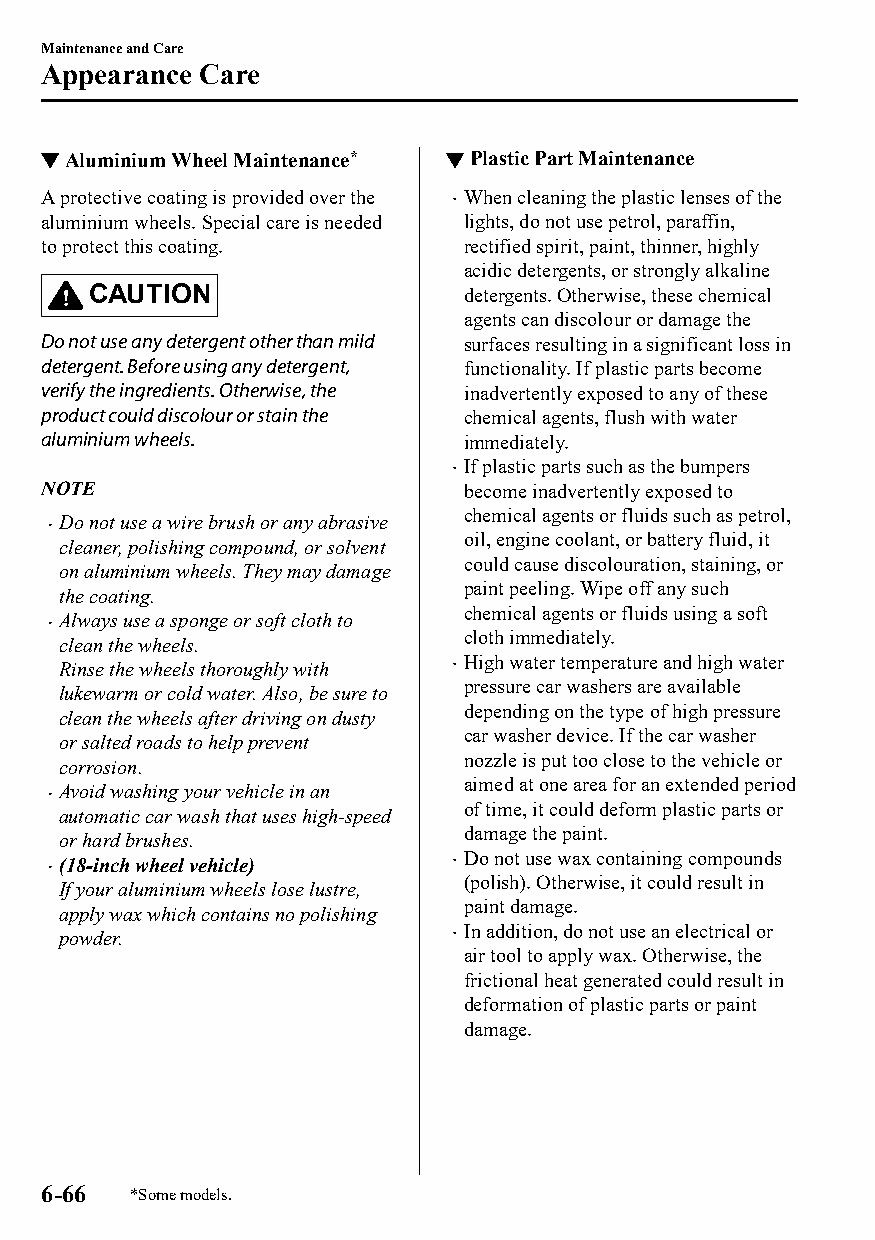
Maintenance and Care
 Appearance Care
 ▼Aluminium Wheel Maintenance* ▼Plastic Part Maintenance
 A protective coating is provided over the When cleaning the plastic lenses of the
 
 aluminium wheels. Special care is needed lights, do not use petrol, paraffin,
 to protect this coating.    rectified spirit, paint, thinner, highly
 acidic detergents, or strongly alkaline
 CAUTION                 detergents. Otherwise, these chemical
 agents can discolour or damage the
 Do not use any detergent other than mild surfaces resulting in a significant loss in
 detergent. Before using any detergent, functionality. If plastic parts become
 verify the ingredients. Otherwise, the inadvertently exposed to any of these
 product could discolour or stain the chemical agents, flush with water
 aluminium wheels.           immediately.
 If plastic parts such as the bumpers
 
 NOTE                        become inadvertently exposed to
 chemical agents or fluids such as petrol,
 Do not use a wire brush or any abrasive
 
 oil, engine coolant, or battery fluid, it
 cleaner, polishing compound, or solvent
 could cause discolouration, staining, or
 on aluminium wheels. They may damage
 paint peeling. Wipe off any such
 the coating.
 chemical agents or fluids using a soft
 Always use a sponge or soft cloth to
 
 cloth immediately.
 clean the wheels.
 High water temperature and high water
 Rinse the wheels thoroughly with 
 pressure car washers are available
 lukewarm or cold water. Also, be sure to
 depending on the type of high pressure
 clean the wheels after driving on dusty
 car washer device. If the car washer
 or salted roads to help prevent
 nozzle is put too close to the vehicle or
 corrosion.
 aimed at one area for an extended period
 Avoid washing your vehicle in an
 
 of time, it could deform plastic parts or
 automatic car wash that uses high-speed
 damage the paint.
 or hard brushes.
 Do not use wax containing compounds
 (18-inch wheel vehicle)   
 
 (polish). Otherwise, it could result in
 If your aluminium wheels lose lustre,
 paint damage.
 apply wax which contains no polishing
 In addition, do not use an electrical or
 powder.                   
 air tool to apply wax. Otherwise, the
 frictional heat generated could result in
 deformation of plastic parts or paint
 damage.
 6-66  *Some models.
 CX-3_8GT4-EE-18D_Edition4                  2018-9-6 18:32:19